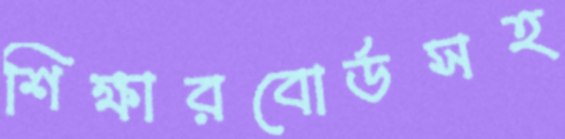
শিক্ষারবোর্ডসহ